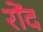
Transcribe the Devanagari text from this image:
रोंद